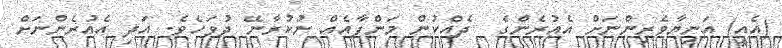
(އެއީ) އަނިޔާވެރިންނަށް އެއުރެންގެ  ދެއްކުން މަންފާއެއް ނުކުރާނޭ ދުވަހެވެ. އަދި އެއުރެންނަށް